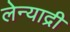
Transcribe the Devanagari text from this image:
लेन्याद्री